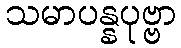
သမာပန္နပုဗ္ဗာ